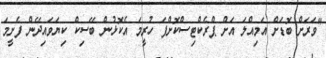
"ވަރަށް ބޮޑަށް އަމިއްލަ އަށް ޕްރެކްޓިސްކޮށްފަ ހުރީމަ އެކޮޅުން ބޭސިކް ކިޔަވައިދޭން ފެށީމަ